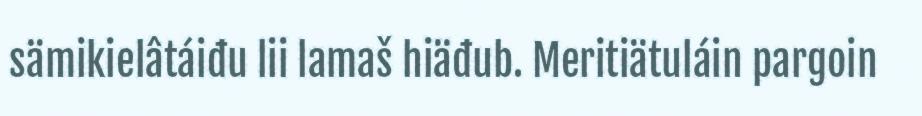
sämikielâtáiđu lii lamaš hiäđub. Meritiätuláin pargoin